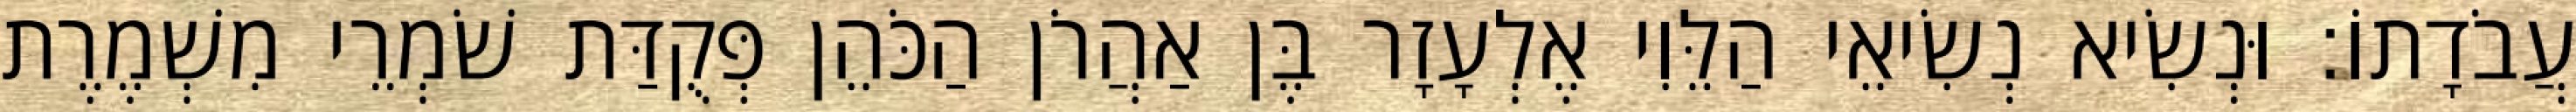
עֲבֹדָתוֹ׃ וּנְשִׂיא נְשִׂיאֵי הַלֵּוִי אֶלְעָזָר בֶּן אַהֲרֹן הַכֹּהֵן פְּקֻדַּת שֹׁמְרֵי מִשְׁמֶרֶת